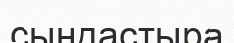
сындастыра